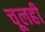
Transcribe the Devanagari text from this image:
चूलही